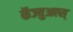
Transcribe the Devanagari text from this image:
कॅज्युअल्स्